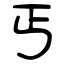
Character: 丐